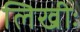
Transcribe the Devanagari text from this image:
लिखीः